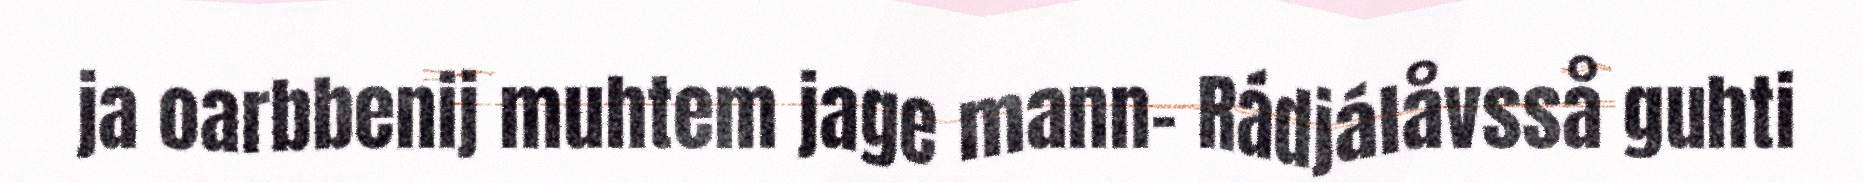
ja oarbbenij muhtem jage mann- Rádjálåvsså guhti